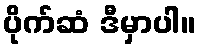
ပိုက်ဆံ ဒီမှာပါ။